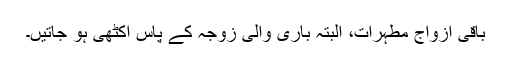
باقی ازواج مطہرات، البتہ باری والی زوجہ کے پاس اکٹھی ہو جاتیں۔